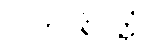
လဟုပရိဝတ္တံ